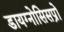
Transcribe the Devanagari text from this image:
डायग्नोसिसप्रो